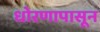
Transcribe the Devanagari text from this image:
धोरणापासून